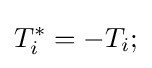
T_{i}^{*}=-T_{i};